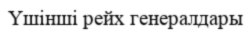
Үшінші рейх генералдары